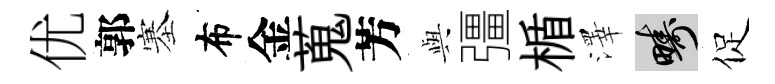
优郭塞布金蒐芳𫤰彊楯澤疇促